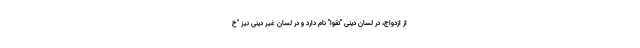
از ازدواج، در لسان دینی "تقوا" نام دارد و در لسان غیر دینی نیز "خ